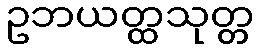
ဥဘယတ္ထသုတ္တ